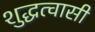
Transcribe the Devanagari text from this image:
शुद्धत्वासी